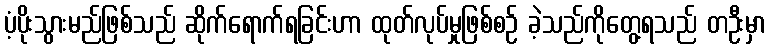
ပံ့ပိုးသွားမည်ဖြစ်သည် ဆိုက်ရောက်ရခြင်းဟာ ထုတ်လုပ်မှုဖြစ်စဉ် ခဲ့သည်ကိုတွေ့ရသည် တဦးမှာ